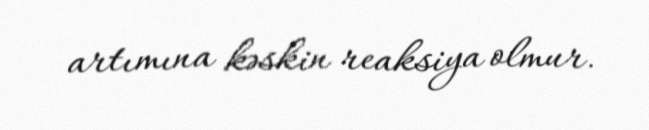
artımına kəskin reaksiya olmur.